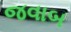
જવાબ